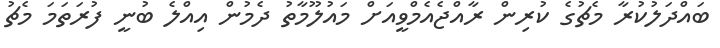
ބައްދަލުކުރާ މެޗުގެ ކުރިން ރާއްޖެއެމްވީއަށް މައުލޫމާތު ދެމުން އިއްލެ ބުނީ ފުރަތަމަ މެޗު